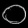
Digit: ၀